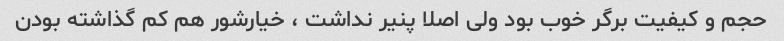
حجم و کیفیت برگر خوب بود ولی اصلا پنیر نداشت ، خیارشور هم کم گذاشته بودن